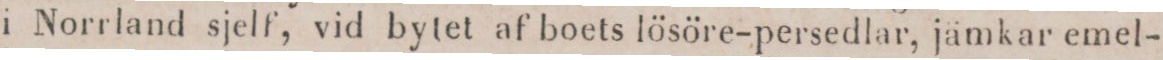
i Norrland sjelf, vid bytet af boets lösöre-persedlar, jämkar emel-